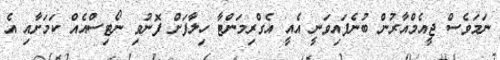
ނަމަވެސް ޖީއެމްއާރުން ބުނެފައިވަނީ އެއީ އެގްރިމަންޓާ ހިލާފަށް ފޮނުވި ނޯޓިސްއެއް ކަމަށާއި އެ